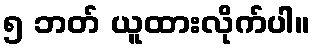
၅ ဘတ် ယူထားလိုက်ပါ။